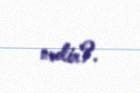
nədir?.